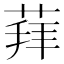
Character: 𦳞